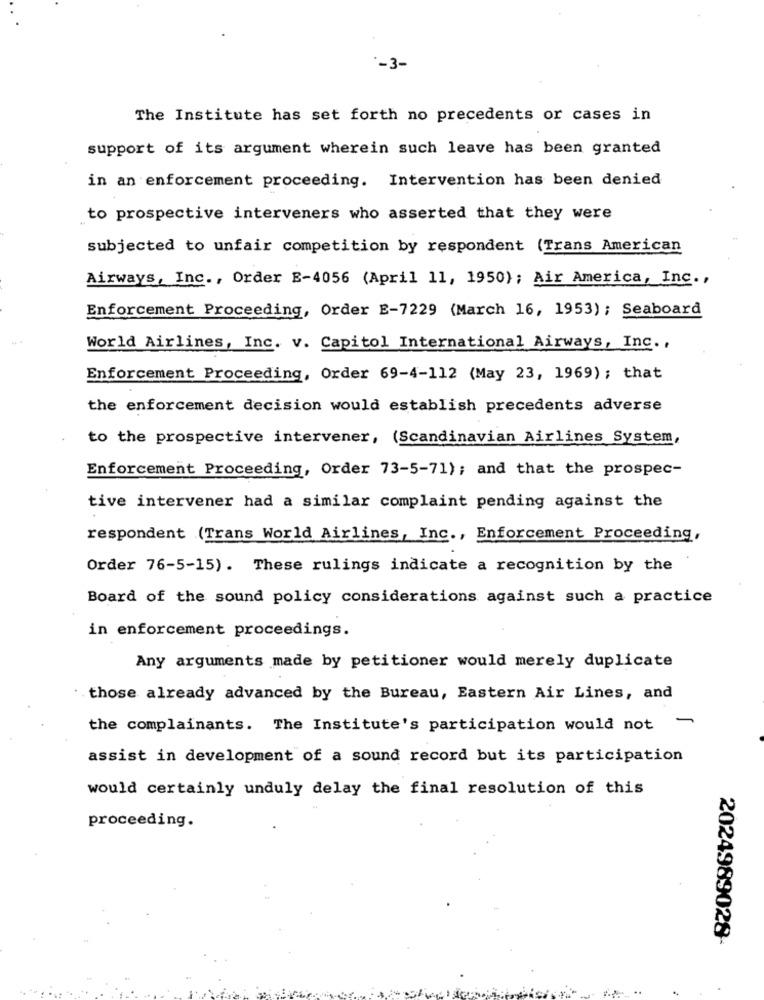
-3-
The Institute has set forth no precedents or cases in
support of its argument wherein such leave has been granted
in an enforcement proceeding. Intervention has been denied
to prospective interveners who asserted that they were
subjected to unfair competition by respondent (Trans American
Airways, Inc ., Order E-4056 (April 11, 1950); Air America, Inc .,
Enforcement Proceeding, Order E-7229 (March 16, 1953) ; Seaboard
World Airlines, Inc. v. Capitol International Airways, Inc .,
Enforcement Proceeding, Order 69-4-112 (May 23, 1969); that
the enforcement decision would establish precedents adverse
to the prospective intervener, (Scandinavian Airlines System,
Enforcement Proceeding, Order 73-5-71); and that the prospec-
tive intervener had a similar complaint pending against the
respondent (Trans World Airlines, Inc ., Enforcement Proceeding,
Order 76-5-15). These rulings indicate a recognition by the
Board of the sound policy considerations against such a practice
in enforcement proceedings.
Any arguments made by petitioner would merely duplicate
those already advanced by the Bureau, Eastern Air Lines, and
the complainants. The Institute's participation would not -
assist in development of a sound record but its participation
would certainly unduly delay the final resolution of this
proceeding.
2024989028-
..